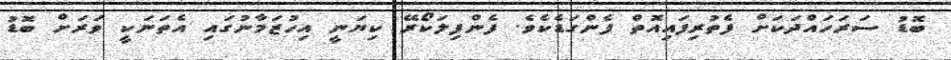
ބޮޑު ސަރަހައްދަކަށް ފެތުރިފައިއޮތް ފެންގަޑެކެވެ. ފެންފިލަކޯރޭ ކިޔަނީ އިހުޒަމާނުގައި އެތަނަކީ ވަރަށް ބޮޑު